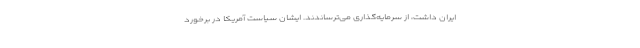
ایران داشت، از سرمایه‌گذاری می‌ترساندند. ایشان سیاست آمریکا در برخورد